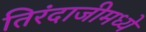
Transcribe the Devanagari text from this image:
तिरंदाजीमध्ये